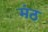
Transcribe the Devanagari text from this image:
मंठ